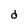
Character: d